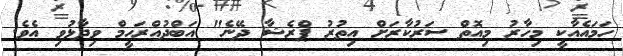
ހަމައެއާކީ މިހާރު މިއޮތް ސަރުކާރަށް އިތުރު ޕްރެޝާ ދޭނެ" އަބްދުއްރަހީމް ވިދާޅުވި އެވެ.